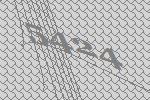
5424